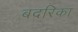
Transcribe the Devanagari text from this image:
बदरिका